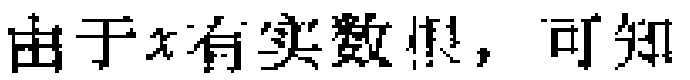
由于\(x\)有实数根，可知